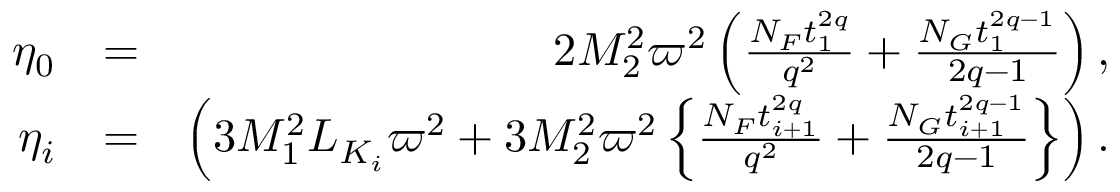
\begin{array} { r l r } { \eta _ { 0 } } & { = } & { 2 { \cal M } _ { 2 } ^ { 2 } \varpi ^ { 2 } \left( \frac { N _ { \cal F } t _ { 1 } ^ { 2 q } } { q ^ { 2 } } + \frac { N _ { \cal G } t _ { 1 } ^ { 2 q - 1 } } { 2 q - 1 } \right) , } \\ { \eta _ { i } } & { = } & { \left( 3 { \cal M } _ { 1 } ^ { 2 } L _ { { \cal K } _ { i } } \varpi ^ { 2 } + 3 { \cal M } _ { 2 } ^ { 2 } \varpi ^ { 2 } \left\{ \frac { N _ { \cal F } t _ { i + 1 } ^ { 2 q } } { q ^ { 2 } } + \frac { N _ { \cal G } t _ { i + 1 } ^ { 2 q - 1 } } { 2 q - 1 } \right\} \right) . } \end{array}